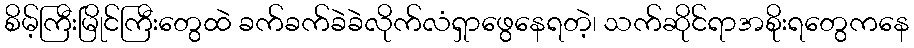
စိမ့်ကြီးမြိုင်ကြီးတွေထဲ ခက်ခက်ခဲခဲလိုက်လံရှာဖွေနေရတဲ့၊ သက်ဆိုင်ရာအစိုးရတွေကနေ